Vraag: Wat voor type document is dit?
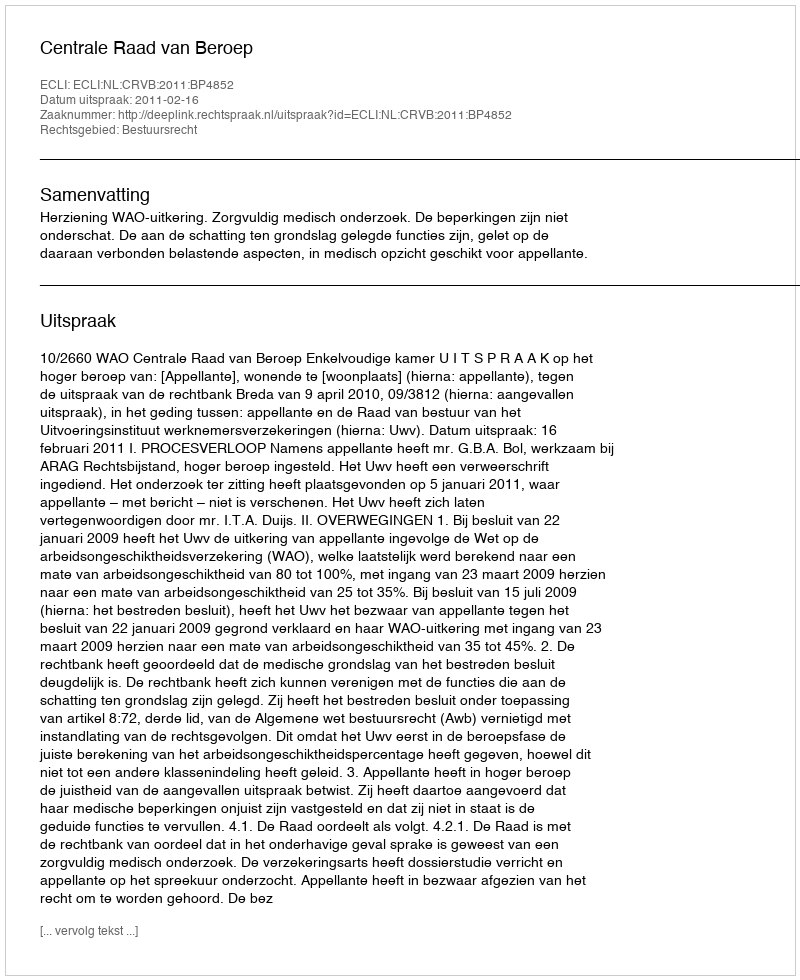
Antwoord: Uitspraak